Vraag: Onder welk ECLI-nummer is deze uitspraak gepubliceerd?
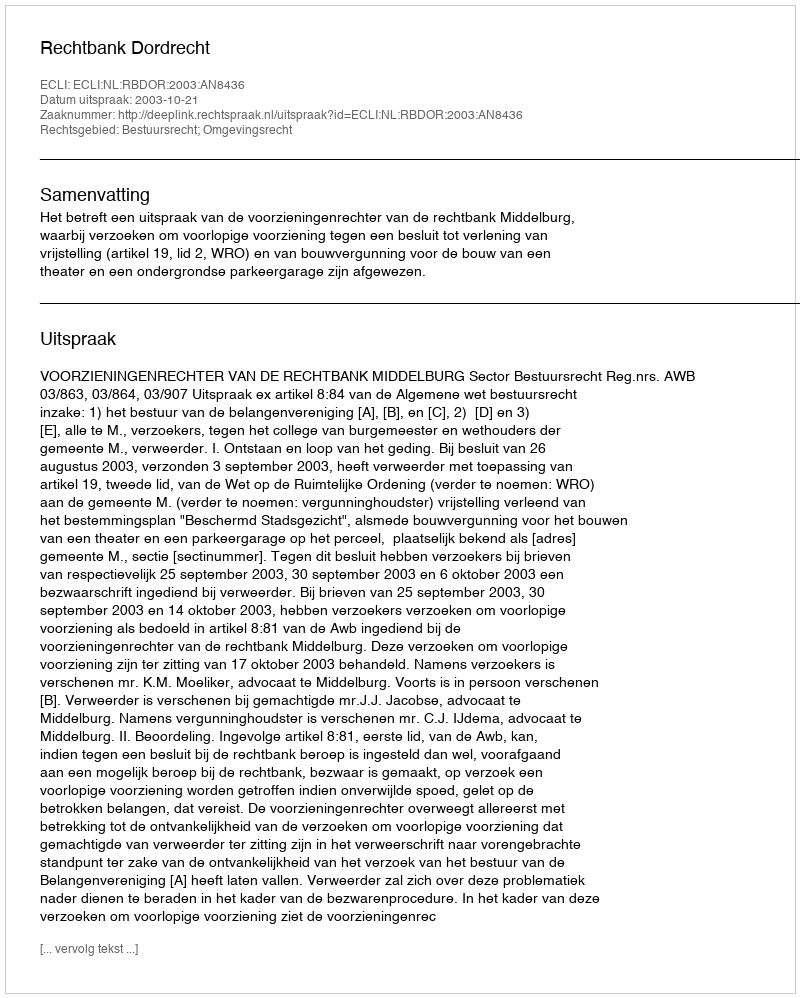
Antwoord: ECLI:NL:RBDOR:2003:AN8436